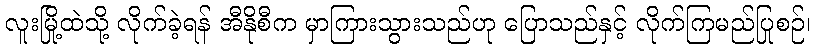
လူးမြို့ထဲသို့ လိုက်ခဲ့ရန် အီနိုစီက မှာကြားသွားသည်ဟု ပြောသည်နှင့် လိုက်ကြမည်ပြုစဉ်၊